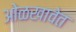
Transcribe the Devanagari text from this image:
ओळखावेत